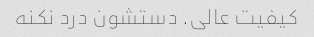
کیفیت عالی. دستشون درد نکنه